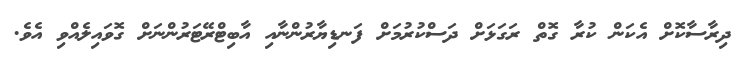
ދިރާސާކޮށް އެކަން ކުރާ ގޮތް ރަގަޅަށް ދަސްކުރުމަށް ފަނޑިޔާރުންނާއި އާބިޓްރޭޓަރުންނަށް ގޮވައިލެއްވި އެވެ.